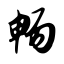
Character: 畅